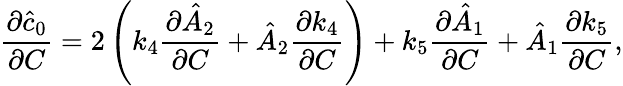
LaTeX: \frac{\partial\hat{c}_{0}}{\partial C}=2\left(k_{4}\frac{\partial\hat{A}_{2}}{\partial C}+\hat{A}_{2}\frac{\partial k_{4}}{\partial C}\right)+k_{5}\frac{\partial\hat{A}_{1}}{\partial C}+\hat{A}_{1}\frac{\partial k_{5}}{\partial C},